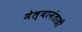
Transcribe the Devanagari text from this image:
मेल्यानंतरही